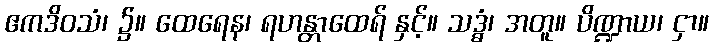
ဧကဒိဝသံ၊ ၌။ ထေရေန၊ ရဟန္တာထေရ် နှင့်။ သဒ္ဓံ၊ အတူ။ ပိဏ္ဍာယ၊ ငှာ။